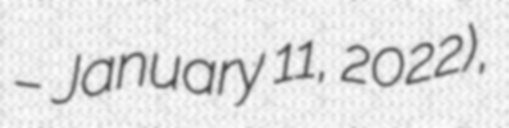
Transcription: – January 11, 2022),